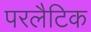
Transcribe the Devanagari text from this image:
परलैटिक